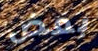
بعض